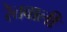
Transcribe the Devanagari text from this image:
रेतवाली